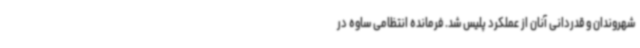
شهروندان و قدردانی آنان از عملکرد پلیس شد. فرمانده انتظامی ساوه در